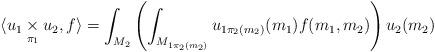
LaTeX: \begin{align*} \langle u_1\underset{\pi_1}{\times}u_2, f \rangle = \int_{M_2} \left(\int_{M_{1\pi_2(m_2)}} u_{1\pi_2(m_2)}(m_1)f(m_1,m_2)\right)u_2(m_2)\end{align*}